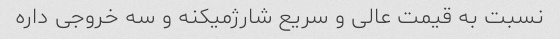
نسبت به قیمت عالی و سریع شارژمیکنه و سه خروجی داره